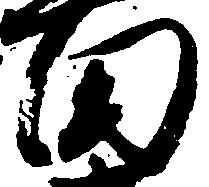
田